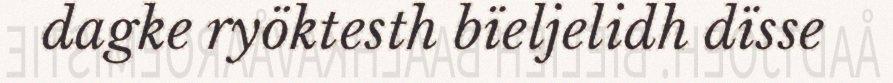
dagke ryöktesth bïeljelidh dïsse